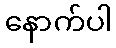
နောက်ပါ